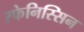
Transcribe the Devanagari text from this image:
स्फेनिस्सिन